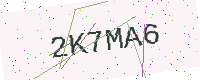
Text: 2K7MA6